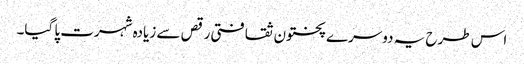
اس طرح یہ دوسرے پختون ثقافتی رقص سے زیادہ شہرت پا گیا۔